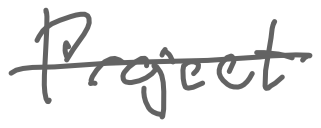
Text: Project
Cross-out: single-line
Writing tool: digital_gray